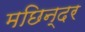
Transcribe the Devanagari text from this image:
मछिन्दर